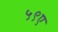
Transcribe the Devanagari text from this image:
५९ए